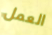
العمل